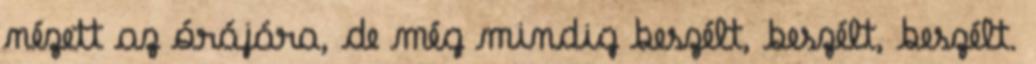
nézett az órájára, de még mindig beszélt, beszélt, beszélt.